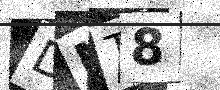
Text: DMT8